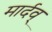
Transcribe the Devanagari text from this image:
मार्दव्